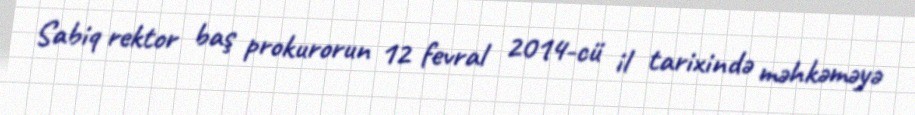
Sabiq rektor baş prokurorun 12 fevral 2014-cü il tarixində məhkəməyə